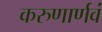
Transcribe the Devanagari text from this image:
करुणार्णवं